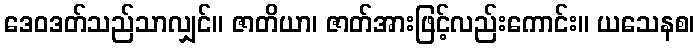
ဒေဝဒတ်သည်သာလျှင်။ ဇာတိယာ၊ ဇာတ်အားဖြင့်လည်းကောင်း။ ယသေနစ၊